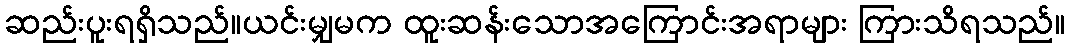
ဆည်းပူးရရှိသည်။ယင်းမျှမက ထူးဆန်းသောအကြောင်းအရာများ ကြားသိရသည်။